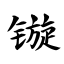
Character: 镟